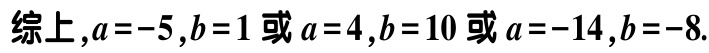
综上,$a = - 5,b = 1$或$a = 4,b = 10$或$a = - 14,b = - 8$.